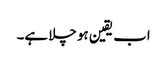
اب یقین ہو چلا ہے۔